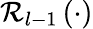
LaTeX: \mathcal{R}_{l-1}\left(\cdot\right)